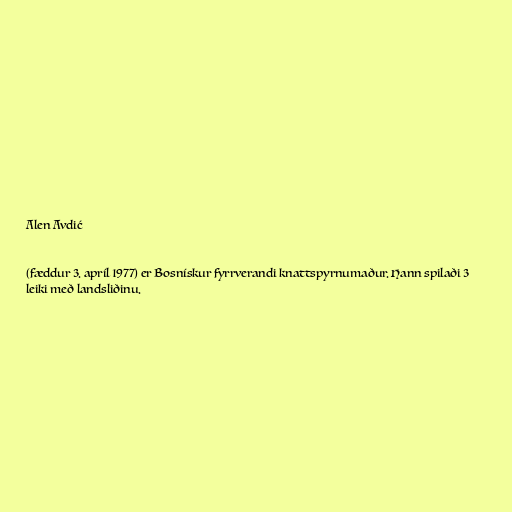
Alen Avdić

(fæddur 3. apríl 1977) er Bosnískur fyrrverandi knattspyrnumaður. Hann spilaði 3
leiki með landsliðinu.